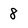
Character: 8